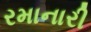
રમાનારી